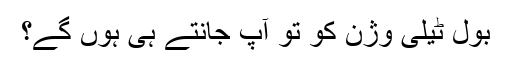
بول ٹیلی وژن کو تو آپ جانتے ہی ہوں گے؟